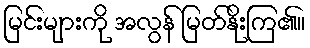
မြင်းများကို အလွန် မြတ်နိုးကြ၏။